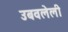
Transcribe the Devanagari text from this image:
उबवलेली